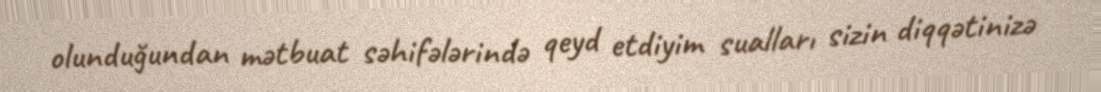
olunduğundan mətbuat səhifələrində qeyd etdiyim sualları sizin diqqətinizə